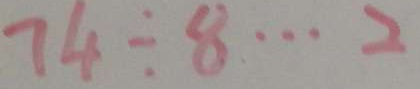
7 4 \div 8 \cdots 2